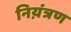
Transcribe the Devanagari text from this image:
निय़ंत्रण